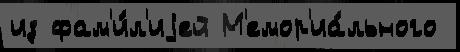
из фам'и́л'иjей М'емор'иа́льного